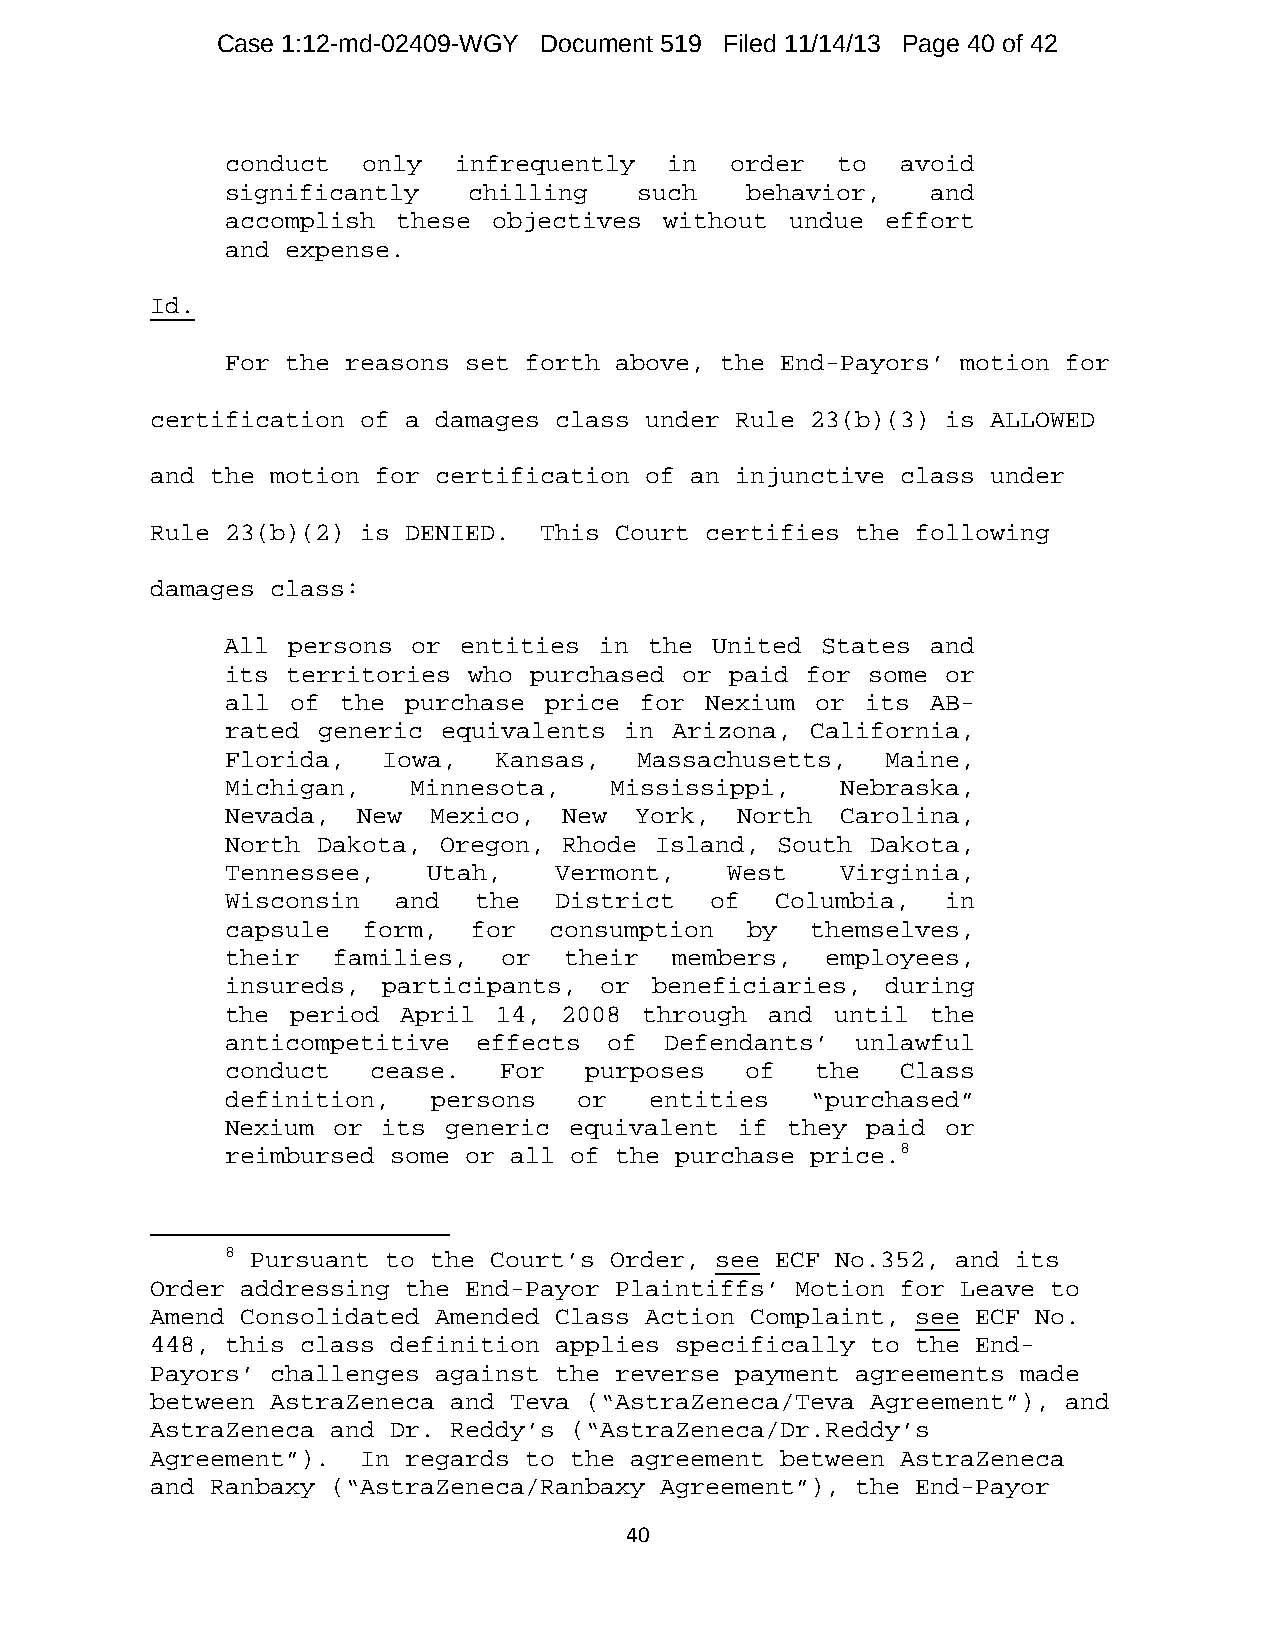
Case 1:12-md-02409-WGY Document 519 Filed 11/14/13 Page 40 of 42
 conduct  only  infrequently  in  order  to   avoid
 significantly   chilling   such   behavior,    and
 accomplish these  objectives without undue  effort
 and expense.
 Id.
 For the reasons set forth above, the End-Payors’ motion for
 certification of a damages class under Rule 23(b)(3) is ALLOWED
 and the motion for certification of an injunctive class under
 Rule 23(b)(2) is DENIED.  This Court certifies the following
 damages class:
 All persons or  entities in the United States  and
 its territories who purchased or paid for some  or
 all of  the purchase price for  Nexium or its  AB-
 rated generic equivalents in Arizona,  California,
 Florida,  Iowa,   Kansas,  Massachusetts,   Maine,
 Michigan,   Minnesota,   Mississippi,    Nebraska,
 Nevada,  New Mexico,  New  York,  North  Carolina,
 North Dakota, Oregon, Rhode Island, South  Dakota,
 Tennessee,   Utah,    Vermont,   West    Virginia,
 Wisconsin  and  the   District  of  Columbia,   in
 capsule  form,  for  consumption  by   themselves,
 their  families,  or  their  members,   employees,
 insureds, participants,  or beneficiaries,  during
 the period  April 14, 2008  through and until  the
 anticompetitive  effects of  Defendants’  unlawful
 conduct  cease.   For   purposes  of   the   Class
 definition,   persons  or   entities   “purchased”
 Nexium or its  generic equivalent if they paid  or
 reimbursed some or all of the purchase price.8
 8 Pursuant to the Court’s Order, see ECF No.352, and its
 Order addressing the End-Payor Plaintiffs’ Motion for Leave to
 Amend Consolidated Amended Class Action Complaint, see ECF No.
 448, this class definition applies specifically to the End-
 Payors’ challenges against the reverse payment agreements made
 between AstraZeneca and Teva (“AstraZeneca/Teva Agreement”), and
 AstraZeneca and Dr. Reddy’s (“AstraZeneca/Dr.Reddy’s
 Agreement”).  In regards to the agreement between AstraZeneca
 and Ranbaxy (“AstraZeneca/Ranbaxy Agreement”), the End-Payor
 40